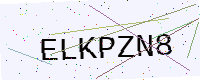
Text: ELKPZN8